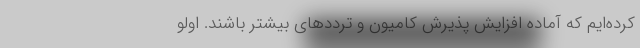
کرده‌ایم که آماده افزایش پذیرش کامیون و ترددهای بیشتر باشند. اولو